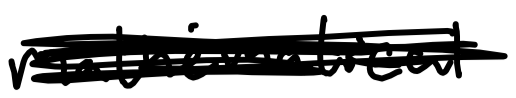
Text: mathematical
Cross-out: mix
Writing tool: digital_black